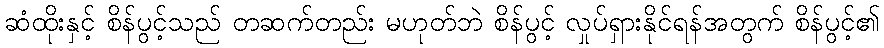
ဆံထိုးနှင့် စိန်ပွင့်သည် တဆက်တည်း မဟုတ်ဘဲ စိန်ပွင့် လှုပ်ရှားနိုင်ရန်အတွက် စိန်ပွင့်၏